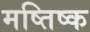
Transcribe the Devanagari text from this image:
मष्तिष्‍क